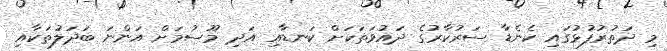
މި ދަތުރުފުޅުގައި ކެނެޑާ ސަރުކާރުގެ ދައުވަތަކަށް ކަނޑާއި އަދި މޫސުމަށް އަންނަ ބަދަލުތަކާއި